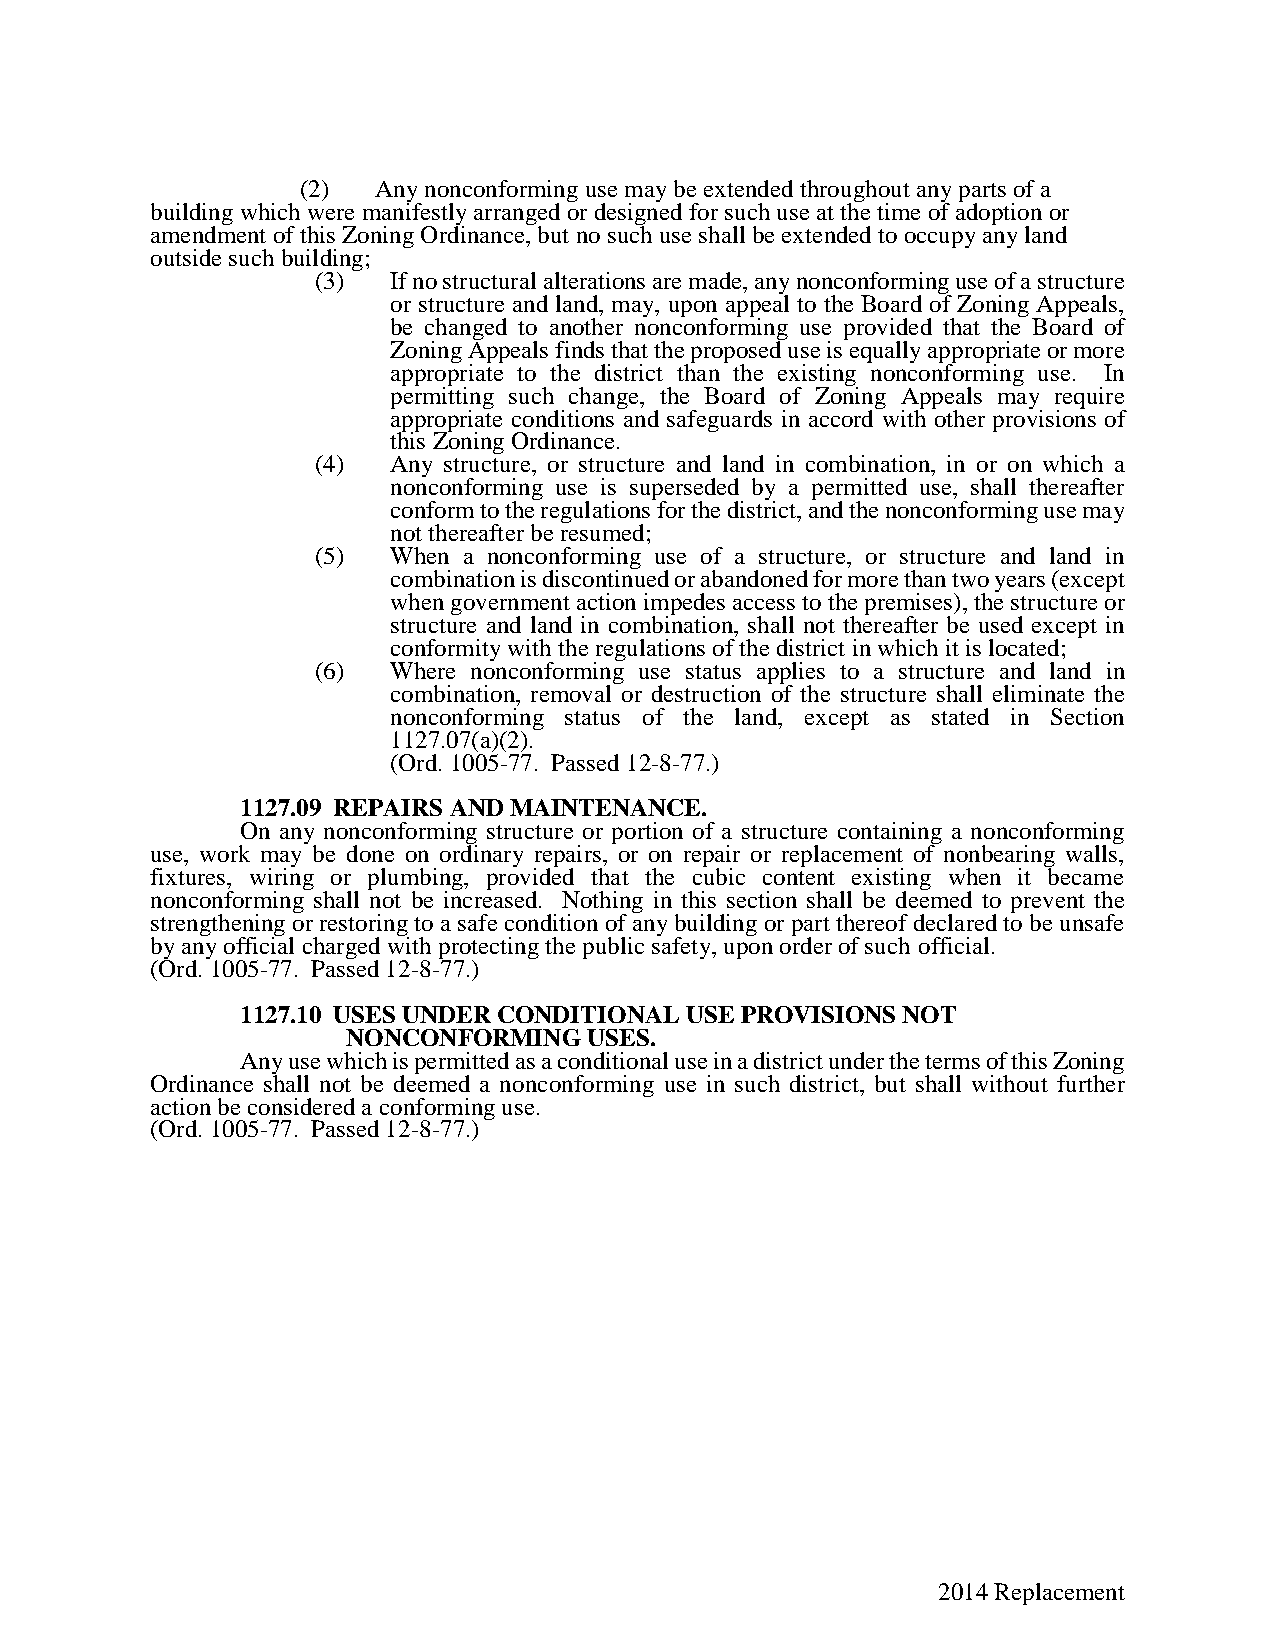
(2)  Any nonconforming use may be extended throughout any parts of a
 building which were manifestly arranged or designed for such use at the time of adoption or
 amendment of this Zoning Ordinance, but no such use shall be extended to occupy any land
 outside such building;
 (3)  If no structural alterations are made, any nonconforming use of a structure
 or structure and land, may, upon appeal to the Board of Zoning Appeals,
 be changed to another nonconforming use provided that the Board of
 Zoning Appeals finds that the proposed use is equally appropriate or more
 appropriate to the district than the existing nonconforming use. In
 permitting such change, the Board of Zoning Appeals may require
 appropriate conditions and safeguards in accord with other provisions of
 this Zoning Ordinance.
 (4)  Any structure, or structure and land in combination, in or on which a
 nonconforming use is superseded by a permitted use, shall thereafter
 conform to the regulations for the district, and the nonconforming use may
 not thereafter be resumed;
 (5)  When a nonconforming use of a structure, or structure and land in
 combination is discontinued or abandoned for more than two years (except
 when government action impedes access to the premises), the structure or
 structure and land in combination, shall not thereafter be used except in
 conformity with the regulations of the district in which it is located;
 (6)  Where nonconforming use status applies to a structure and land in
 combination, removal or destruction of the structure shall eliminate the
 nonconforming status of the land, except as stated in Section
 1127.07(a)(2).
 (Ord. 1005-77. Passed 12-8-77.)
 1127.09 REPAIRS AND MAINTENANCE.
 On any nonconforming structure or portion of a structure containing a nonconforming
 use, work may be done on ordinary repairs, or on repair or replacement of nonbearing walls,
 fixtures, wiring or plumbing, provided that the cubic content existing when it became
 nonconforming shall not be increased. Nothing in this section shall be deemed to prevent the
 strengthening or restoring to a safe condition of any building or part thereof declared to be unsafe
 by any official charged with protecting the public safety, upon order of such official.
 (Ord. 1005-77. Passed 12-8-77.)
 1127.10 USES UNDER CONDITIONAL USE PROVISIONS NOT
 NONCONFORMING   USES.
 Any use which is permitted as a conditional use in a district under the terms of this Zoning
 Ordinance shall not be deemed a nonconforming use in such district, but shall without further
 action be considered a conforming use.
 (Ord. 1005-77. Passed 12-8-77.)
 2014 Replacement